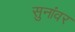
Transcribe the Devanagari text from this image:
सुनांवर